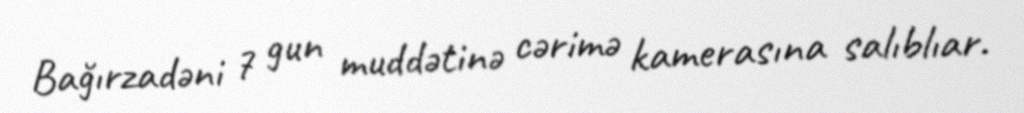
Bağırzadəni 7 gun muddətinə cərimə kamerasına salıblıar.